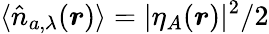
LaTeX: \langle\hat{n}_{a,\lambda}(\boldsymbol{r})\rangle=|\eta_{A}(\boldsymbol{r})|^{2}/2